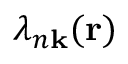
\lambda _ { n \mathbf { k } } ( \mathbf { r } )